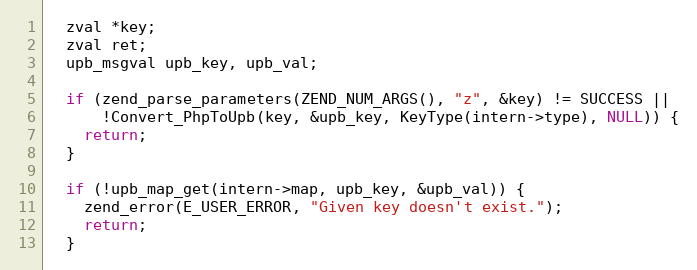
Language: C
  zval *key;
  zval ret;
  upb_msgval upb_key, upb_val;

  if (zend_parse_parameters(ZEND_NUM_ARGS(), "z", &key) != SUCCESS ||
      !Convert_PhpToUpb(key, &upb_key, KeyType(intern->type), NULL)) {
    return;
  }

  if (!upb_map_get(intern->map, upb_key, &upb_val)) {
    zend_error(E_USER_ERROR, "Given key doesn't exist.");
    return;
  }